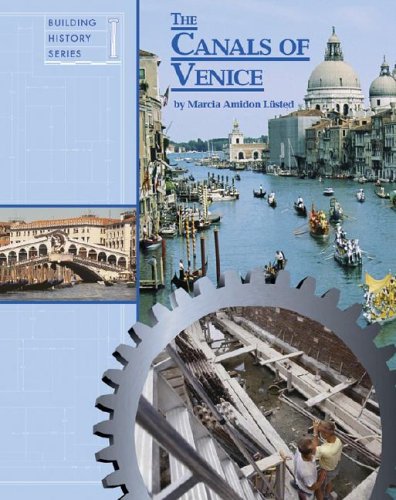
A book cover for The Canals of Venice (Building History); Marcia Lusted; Teen & Young Adult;